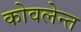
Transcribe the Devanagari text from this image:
कोवलेन्त